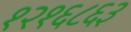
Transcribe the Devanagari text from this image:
१२१६८६३